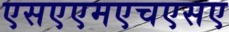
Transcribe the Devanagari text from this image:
एसएएमएचएसए